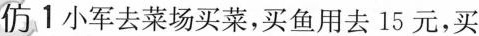
仿1小军去菜场买菜，买